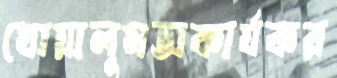
খোয়ালুমঅকার্যকর